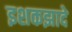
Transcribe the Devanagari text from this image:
इशकझादे